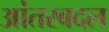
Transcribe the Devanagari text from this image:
आंतरबदल